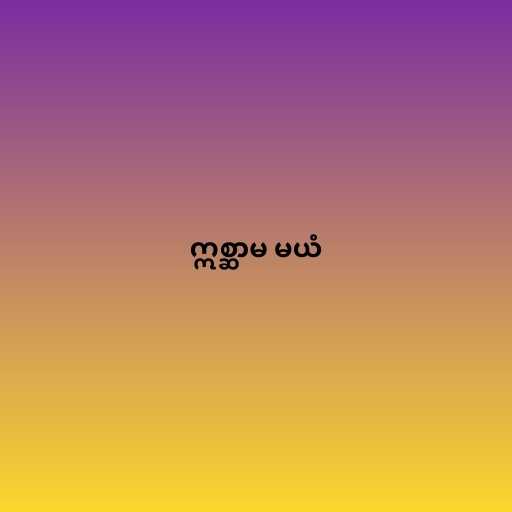
ဣစ္ဆာမ မယံ